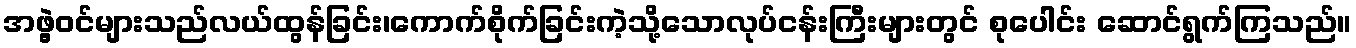
အဖွဲ့ဝင်များသည်လယ်ထွန်ခြင်း၊ကောက်စိုက်ခြင်းကဲ့သို့သောလုပ်ငန်းကြီးများတွင် စုပေါင်း ဆောင်ရွက်ကြသည်။